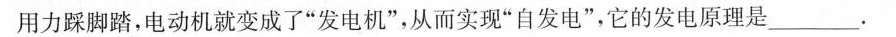
用力踩脚踏，电动机就变成了”发电机”，从而实现”自发电”，它的发电原理是______。